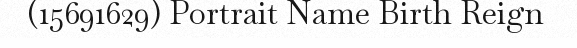
(15691629) Portrait Name Birth Reign